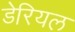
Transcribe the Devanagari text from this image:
डेरियल